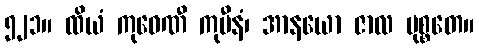
၅၂၁။ ထိယံ ကုဝေဏီ ကုမီနံ၊ အာနယော ဇာလ မုစ္စတေ။